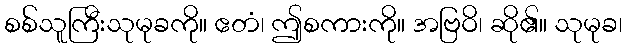
စစ်သူကြီးသုမုခကို။ ဧတံ၊ ဤစကားကို။ အဗြဝိ၊ ဆို၏။ သုမုခ၊